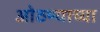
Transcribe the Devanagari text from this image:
ओठण्याच्या